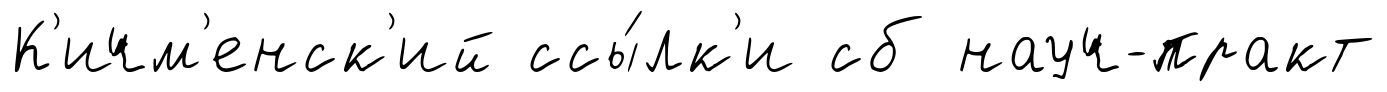
К'ичм'енск'ий ссы́лк'и сб науч-практ